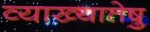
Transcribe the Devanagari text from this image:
व्याख्यातेषु